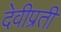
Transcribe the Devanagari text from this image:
देवीप्रती